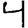
Digit: 4